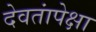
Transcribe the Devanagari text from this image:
देवतांपेक्षा